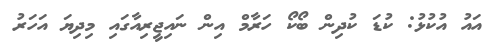
އައު އުކުޅު: ކުޑަ ކުދިން ބޯކޯ ހަރާމް އިން ނައިޖީރިއާގައި މިދިޔަ އަހަރު